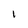
Character: 1